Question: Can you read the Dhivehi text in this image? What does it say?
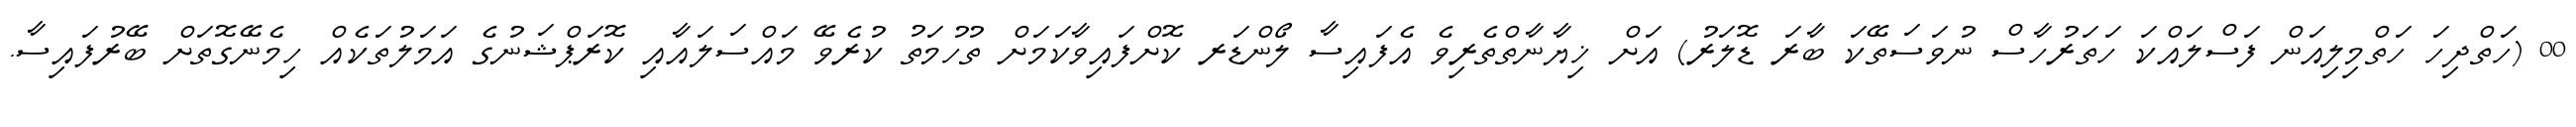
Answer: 00 (ހަތްދިހަ ހަތްމިލިއަން ފަސްލައްކަ ހަތަރުހާސް ނުވަސަތޭކަ ބާރަ ޑޮލަރު) އަށް ޚިޔާނާތްތެރިވެ އެފައިސާ ލޯންޑަރ ކޮށްފައިވާކަމަށް ތުހުމަތު ކުރެވޭ މައްސަލައާއި ކޮރަޕްޝަނުގެ އަމަލުތަކެއް ހިމެނޭގޮތަށް ބޭރުފައިސާ.